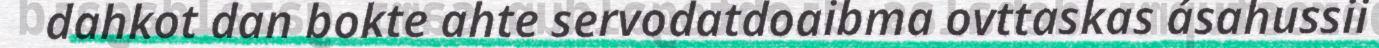
dahkot dan bokte ahte servodatdoaibma ovttaskas ásahussii